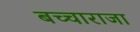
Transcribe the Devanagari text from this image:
बच्‍चाराजा